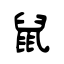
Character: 鼠